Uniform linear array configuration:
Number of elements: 12
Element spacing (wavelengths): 0.75
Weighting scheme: binomial
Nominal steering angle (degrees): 0
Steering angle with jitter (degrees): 1.461
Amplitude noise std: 0.05
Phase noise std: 0.05

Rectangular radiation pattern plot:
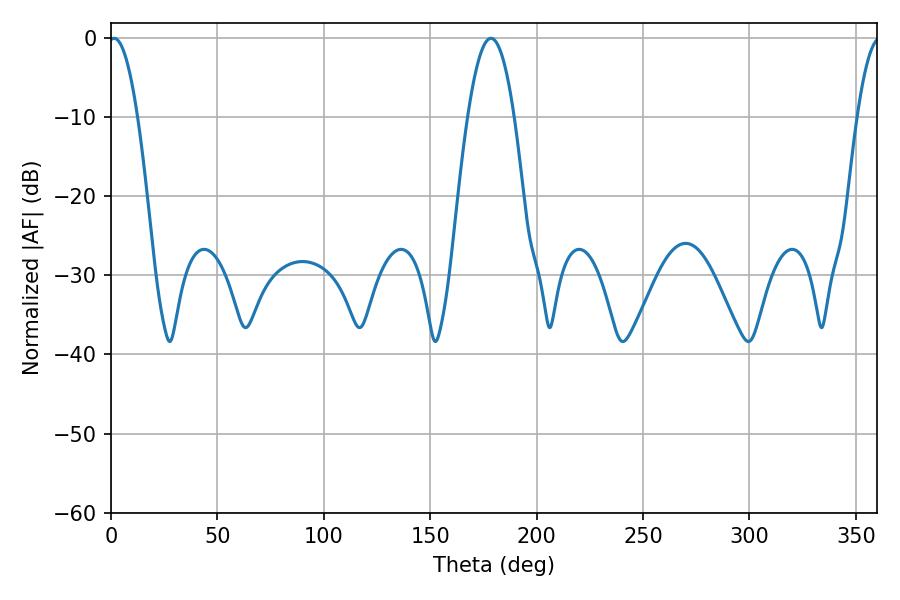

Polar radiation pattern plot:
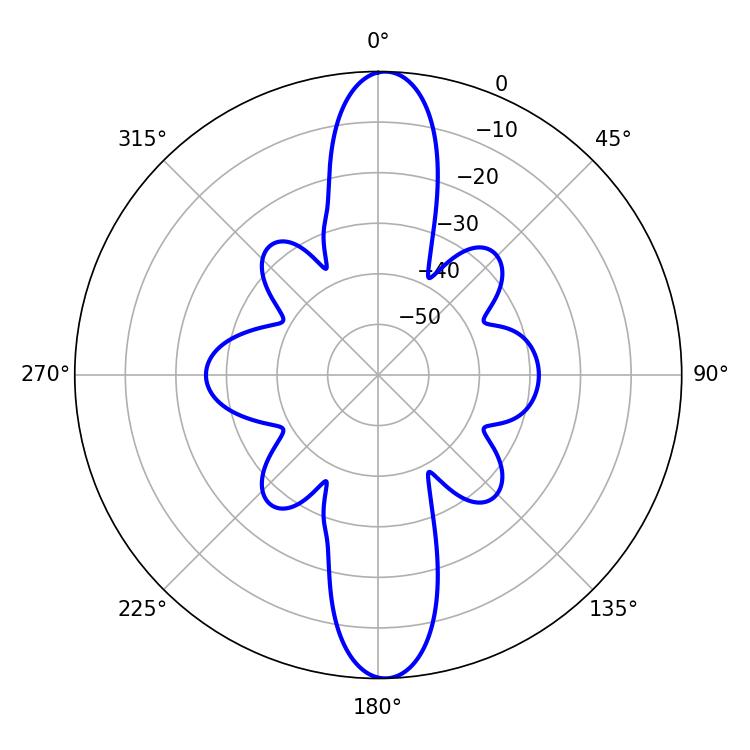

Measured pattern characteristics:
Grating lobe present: TRUE
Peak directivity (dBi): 22.438
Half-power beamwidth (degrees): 7.38
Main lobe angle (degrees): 1.44